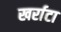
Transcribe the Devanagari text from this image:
खर्राटा